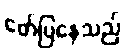
ဖော်ပြနေသည်